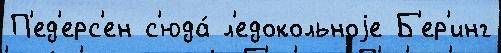
П'ед'ерс'ен с'юда́ л'едокольноjе Б'ер'инг